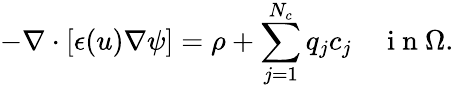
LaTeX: -\nabla\cdot[\epsilon(u)\nabla\psi]=\rho+\sum_{j=1}^{N_{c}}q_{j}c_{j}\quad\mathrm{~i~n~}\Omega.